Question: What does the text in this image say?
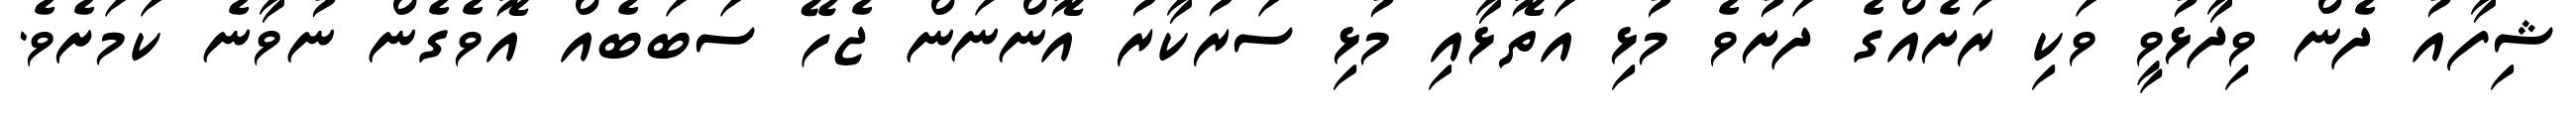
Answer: ޝިފާއު ދެން ވިދާޅުވީ ވަކި ރަށެއްގެ ދަށުވެ މުޅި އަތޮޅާއި މުޅި ސަރުކާރު އޮންނަން ޖެހޭ ސަބަބެއް އޮވެގެން ނުވާނެ ކަމަށެވެ.